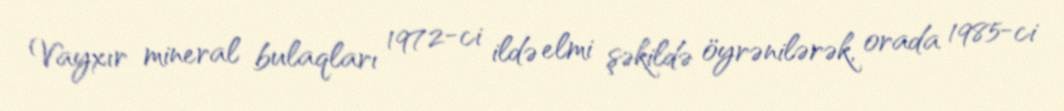
Vayxır mineral bulaqları 1972-ci ildə elmi şəkildə öyrənilərək, orada 1985-ci